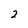
Character: 2